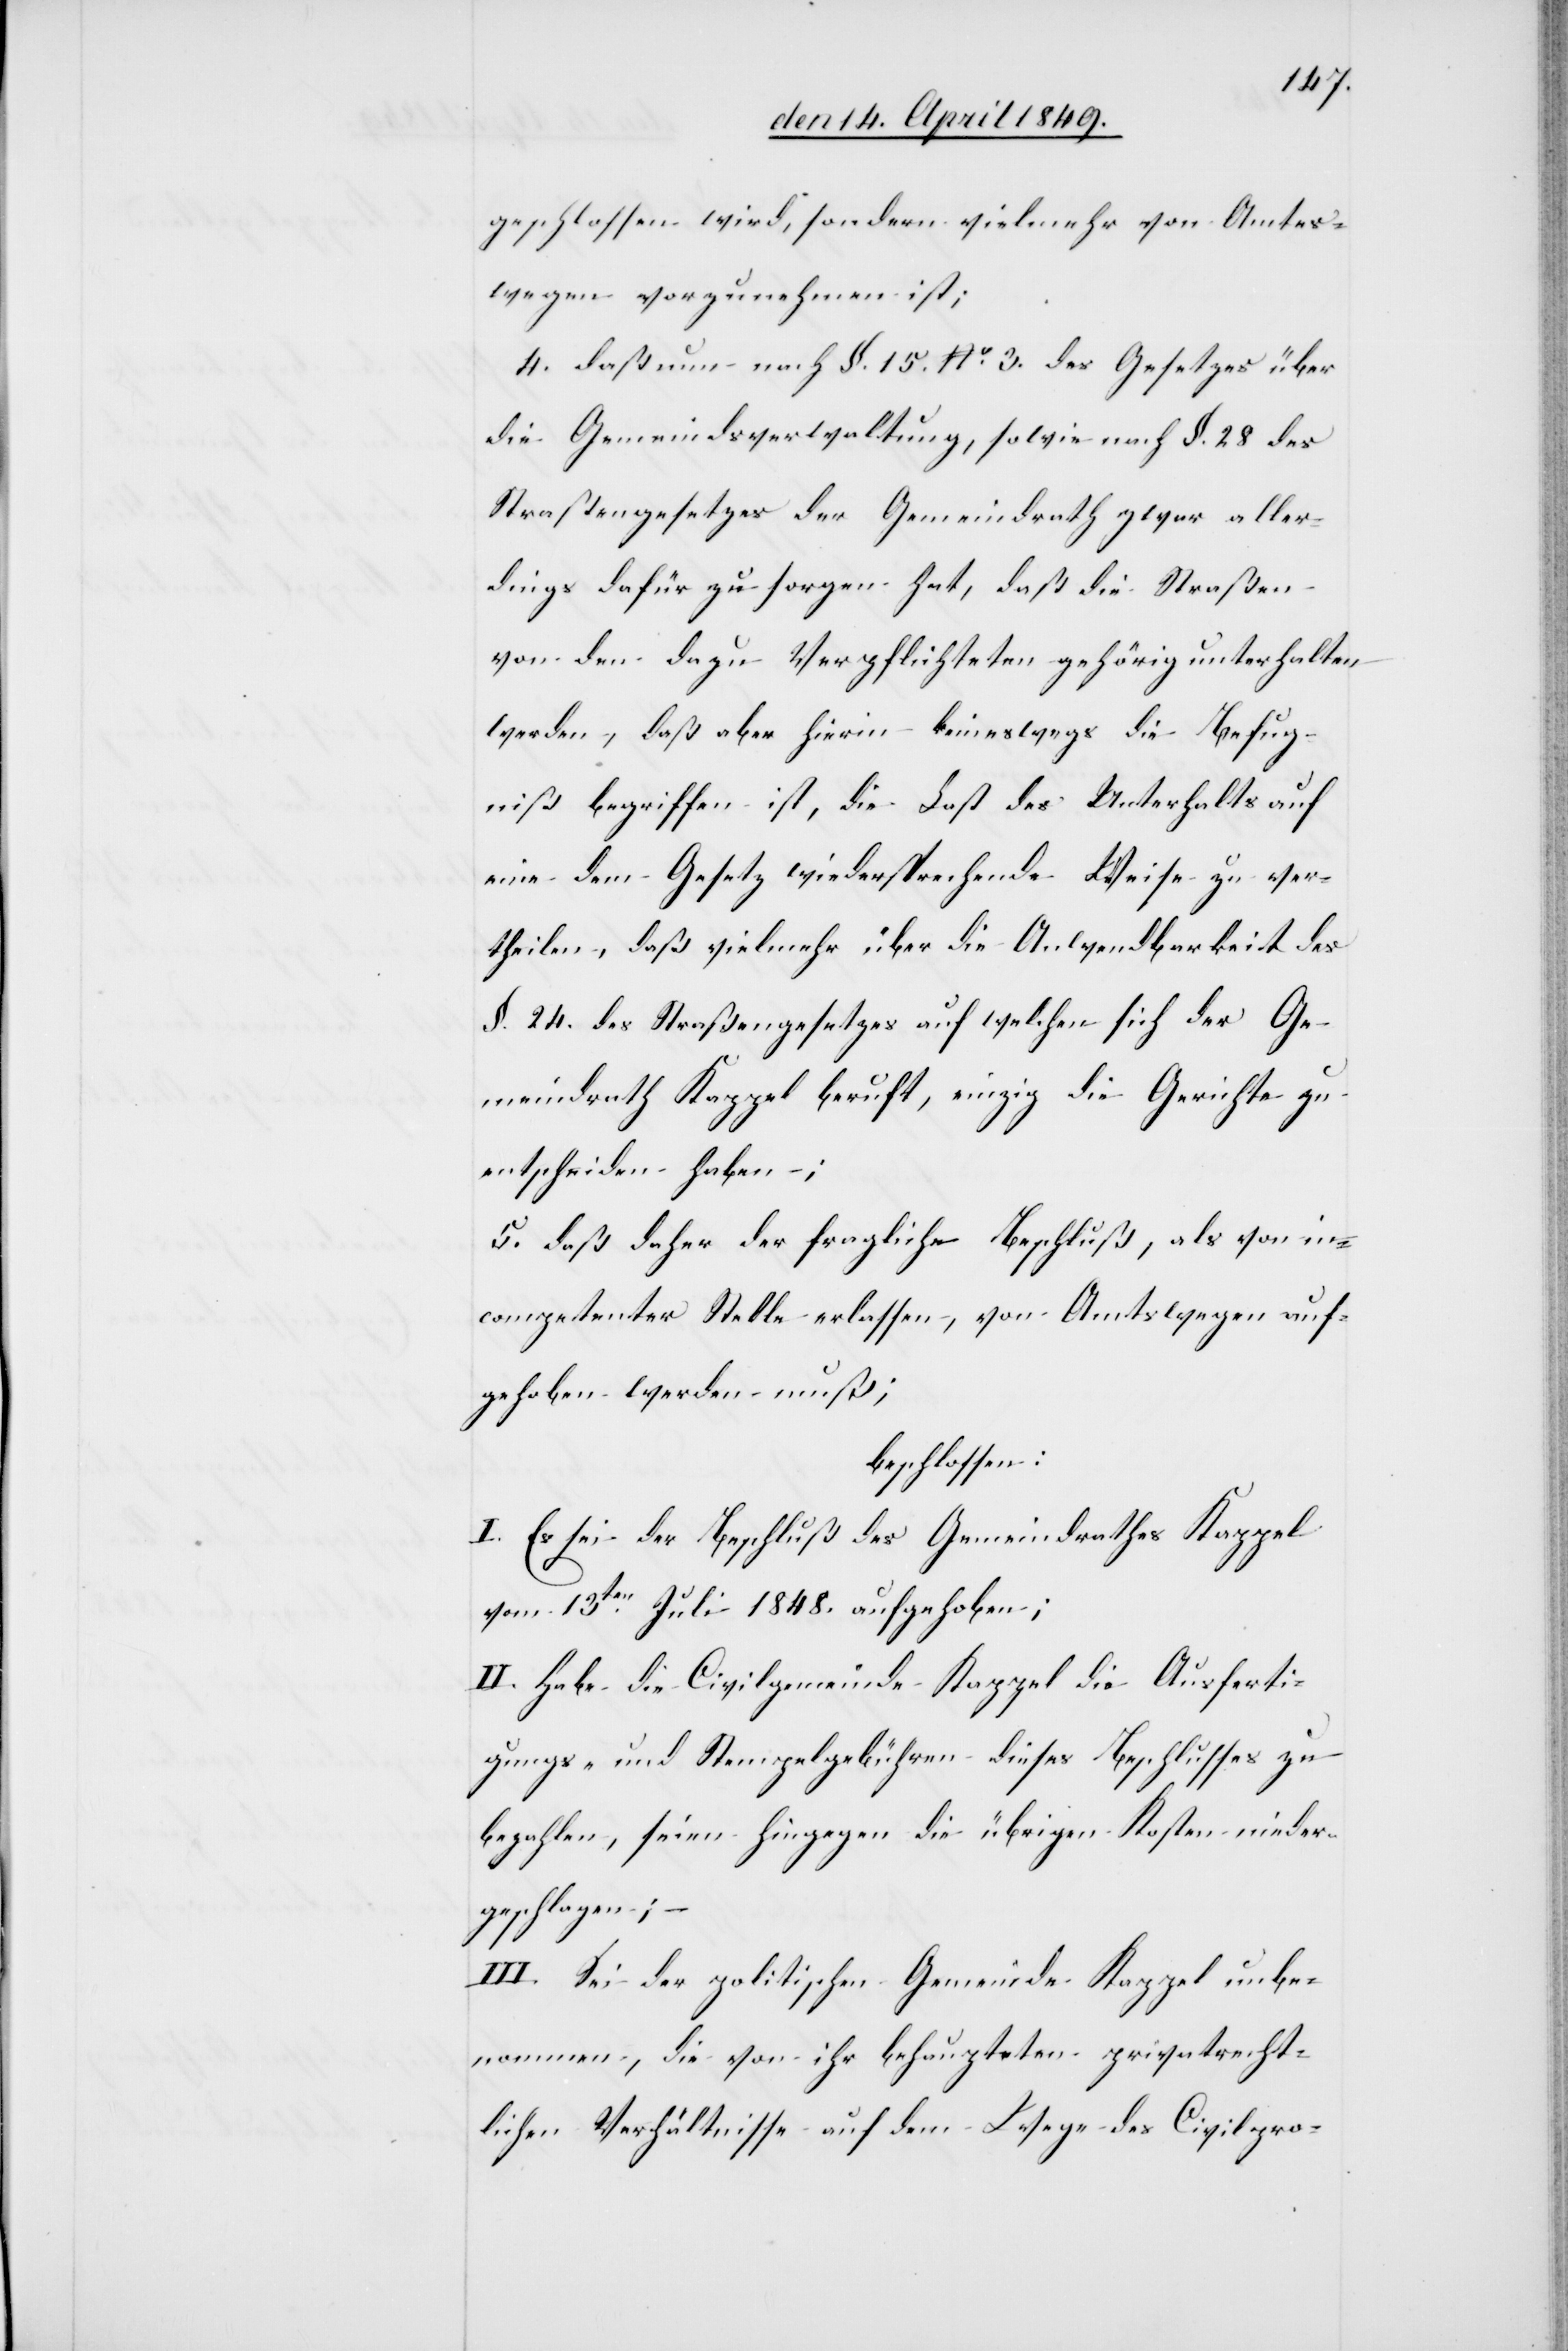
geschlossen wird, sondern vielmehr von Amtes¬
wegen vorzunehmen ist;
4. daß nun nach §. 15. No 3. des Gesetzes über
die Gemeindsverwaltung, sowie nach §. 28. des
Straßengesetzes der Gemeindrath zwar aller¬
dings dafür zu sorgen hat, daß die Straßen
von den dazu Verpflichteten gehörig unterhalten
werden, daß aber hierin keineswegs die Befug¬
niß begriffen ist, die Last des Unterhalts auf
eine dem Gesetz wiedersprechende Weise zu ver¬
theilen, daß vielmehr über die Anwendbarkeit des
§. 24. des Straßengesetzes auf welchen sich der Ge¬
meindrath Kappel beruft, einzig die Gerichte zu
entscheiden haben;
5. daß daher der fragliche Beschluß, als von in¬
competenter Stelle erlassen, von Amtswegen auf¬
gehoben werden muß;
beschlossen:
I. Es sei der Beschluß des Gemeindrathes Kappel
vom 13ten Juli 1848. aufgehoben;
II. Habe die Civilgemeinde Kappel die Ausferti¬
gungs- und Stempelgebühren dieses Beschlusses zu
bezahlen, seien hingegen die übrigen Kosten nieder¬
geschlagen; –
III. Sei der politischen Gemeinde Kappel unbe¬
nommen, die von ihr behaupteten privatrecht¬
lichen Verhältnisse auf dem Wege des Civilpro-